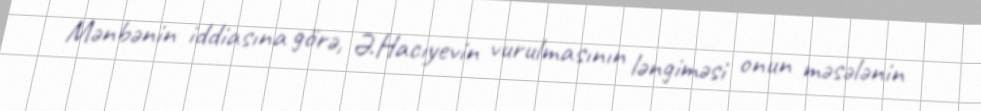
Mənbənin iddiasına görə, Ə.Hacıyevin vurulmasının ləngiməsi onun məsələnin